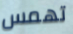
تهمس